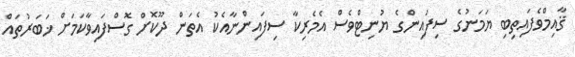
ޤާއިމްވެފައިތިބި ޔަމަނުގެ ސިފައިންގެ ޔުނިޓްވެސް އެމެރިކާ ސިފައިންނާއެކު އެތަން ދޫކޮށް ގޮސްފައިވާކަމަށް ޚަބަރުތައް